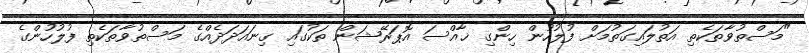
"މަސްތުވާތަކެތި އަތުލައިގަތުމަށް ފުލުހުން ހިންގި ޚާއްސަ އޮޕަރޭޝަން ތަކުގައި ގިނައަދަދެއްގެ މަސްތުވާތަކެތި ފުލުހުންގެ